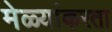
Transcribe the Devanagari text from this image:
मेळ्यांकरता